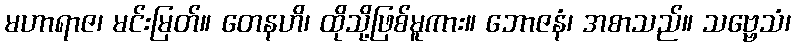
မဟာရာဇ၊ မင်းမြတ်။ တေနဟိ၊ ထိုသို့ဖြစ်မူကား။ ဘောဇနံ၊ အစာသည်။ သဗ္ဗေသံ၊